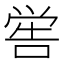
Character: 喾